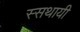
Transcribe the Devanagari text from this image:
स्सथायी